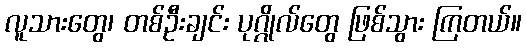
လူသားတွေ၊ တစ်ဦးချင်း ပုဂ္ဂိုလ်တွေ ဖြစ်သွား ကြတယ်။